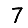
Digit: 7